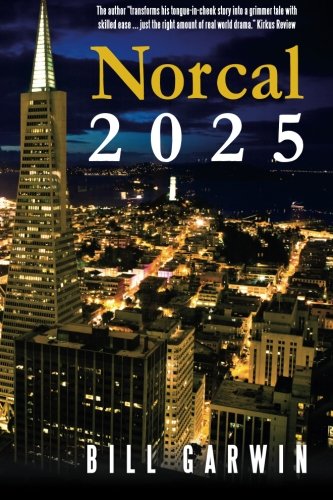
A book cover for Norcal 2025; Bill Garwin; Science Fiction & Fantasy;